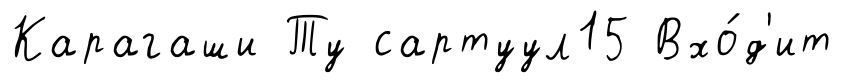
Карагаши Ту сартуул15 Вхо́д'ит